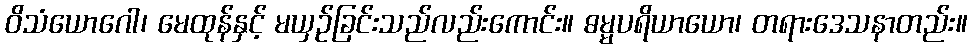
ဝိသံယောဂေါ၊ မေထုန်နှင့် မယှဉ်ခြင်းသည်လည်းကောင်း။ ဓမ္မပရိယာယော၊ တရားဒေသနာတည်း။